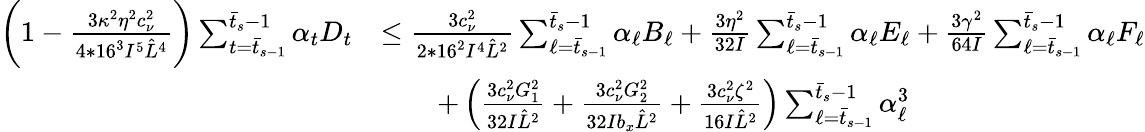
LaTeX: \begin{array}{rl}{\bigg(1-\frac{3\kappa^{2}\eta^{2}c_{\nu}^{2}}{4*16^{3}I^{5}\hat{L}^{4}}\bigg)\sum_{t=\bar{t}_{s-1}}^{\bar{t}_{s}-1}\alpha_{t}D_{t}}&{\leq\frac{3c_{\nu}^{2}}{2*16^{2}I^{4}\hat{L}^{2}}\sum_{\ell=\bar{t}_{s-1}}^{\bar{t}_{s}-1}\alpha_{\ell}B_{\ell}+\frac{3\eta^{2}}{32I}\sum_{\ell=\bar{t}_{s-1}}^{\bar{t}_{s}-1}\alpha_{\ell}E_{\ell}+\frac{3\gamma^{2}}{64I}\sum_{\ell=\bar{t}_{s-1}}^{\bar{t}_{s}-1}\alpha_{\ell}F_{\ell}}\\ &{\qquad+\left(\frac{3c_{\nu}^{2}G_{1}^{2}}{32I\hat{L}^{2}}+\frac{3c_{\nu}^{2}G_{2}^{2}}{32Ib_{x}\hat{L}^{2}}+\frac{3c_{\nu}^{2}\zeta^{2}}{16I\hat{L}^{2}}\right)\sum_{\ell=\bar{t}_{s-1}}^{\bar{t}_{s}-1}\alpha_{\ell}^{3}}\end{array}